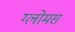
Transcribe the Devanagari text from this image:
ग्लोमस